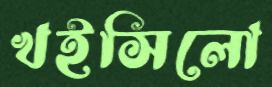
খইসিলো